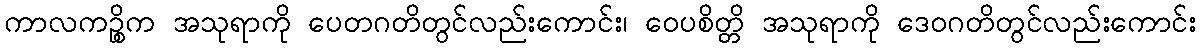
ကာလကဉ္စိက အသုရာကို ပေတဂတိတွင်လည်းကောင်း၊ ဝေပစိတ္တိ အသုရာကို ဒေဝဂတိတွင်လည်းကောင်း